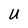
Character: U